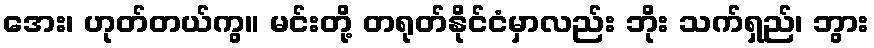
အေး၊ ဟုတ်တယ်ကွ။ မင်းတို့ တရုတ်နိုင်ငံမှာလည်း ဘိုး သက်ရှည်၊ ဘွား